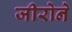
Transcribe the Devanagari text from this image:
जीरोने